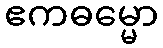
ဧကဓမ္မော